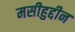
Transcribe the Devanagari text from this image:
मसीहुद्दीन